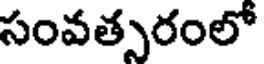
సంవత్సరంలో